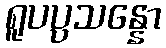
ရူပပ္ပသန္နော